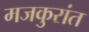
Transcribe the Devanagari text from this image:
मजकुरांत